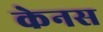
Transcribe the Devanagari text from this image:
केनस